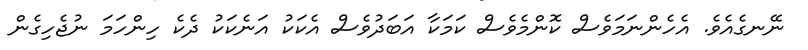
ނޭނގެއެވެ. އެހެންނަމަވެސް ކޮންމެވެސް ކަމަކާ އަބަދުވެސް އެކަކު އަނެކަކު ދެކެ ހިންހަމަ ނުޖެހިގެން